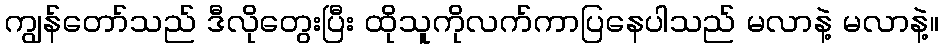
ကျွန်တော်သည် ဒီလိုတွေးပြီး ထိုသူကိုလက်ကာပြနေပါသည် မလာနဲ့ မလာနဲ့။